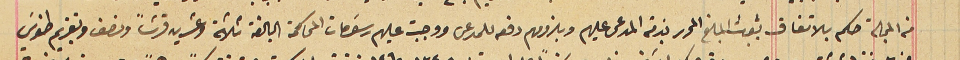
من المجلة حكم بالاتفاق بثبوت المبلغ المحرر بذمة المدعى عليهم وبلزومهم دفعه للمدعى ووجبت عليهم رسَومات المحاكمة البالغة ثلاثة وعشرين قرشاً ونصف وتقديم طنوسَ